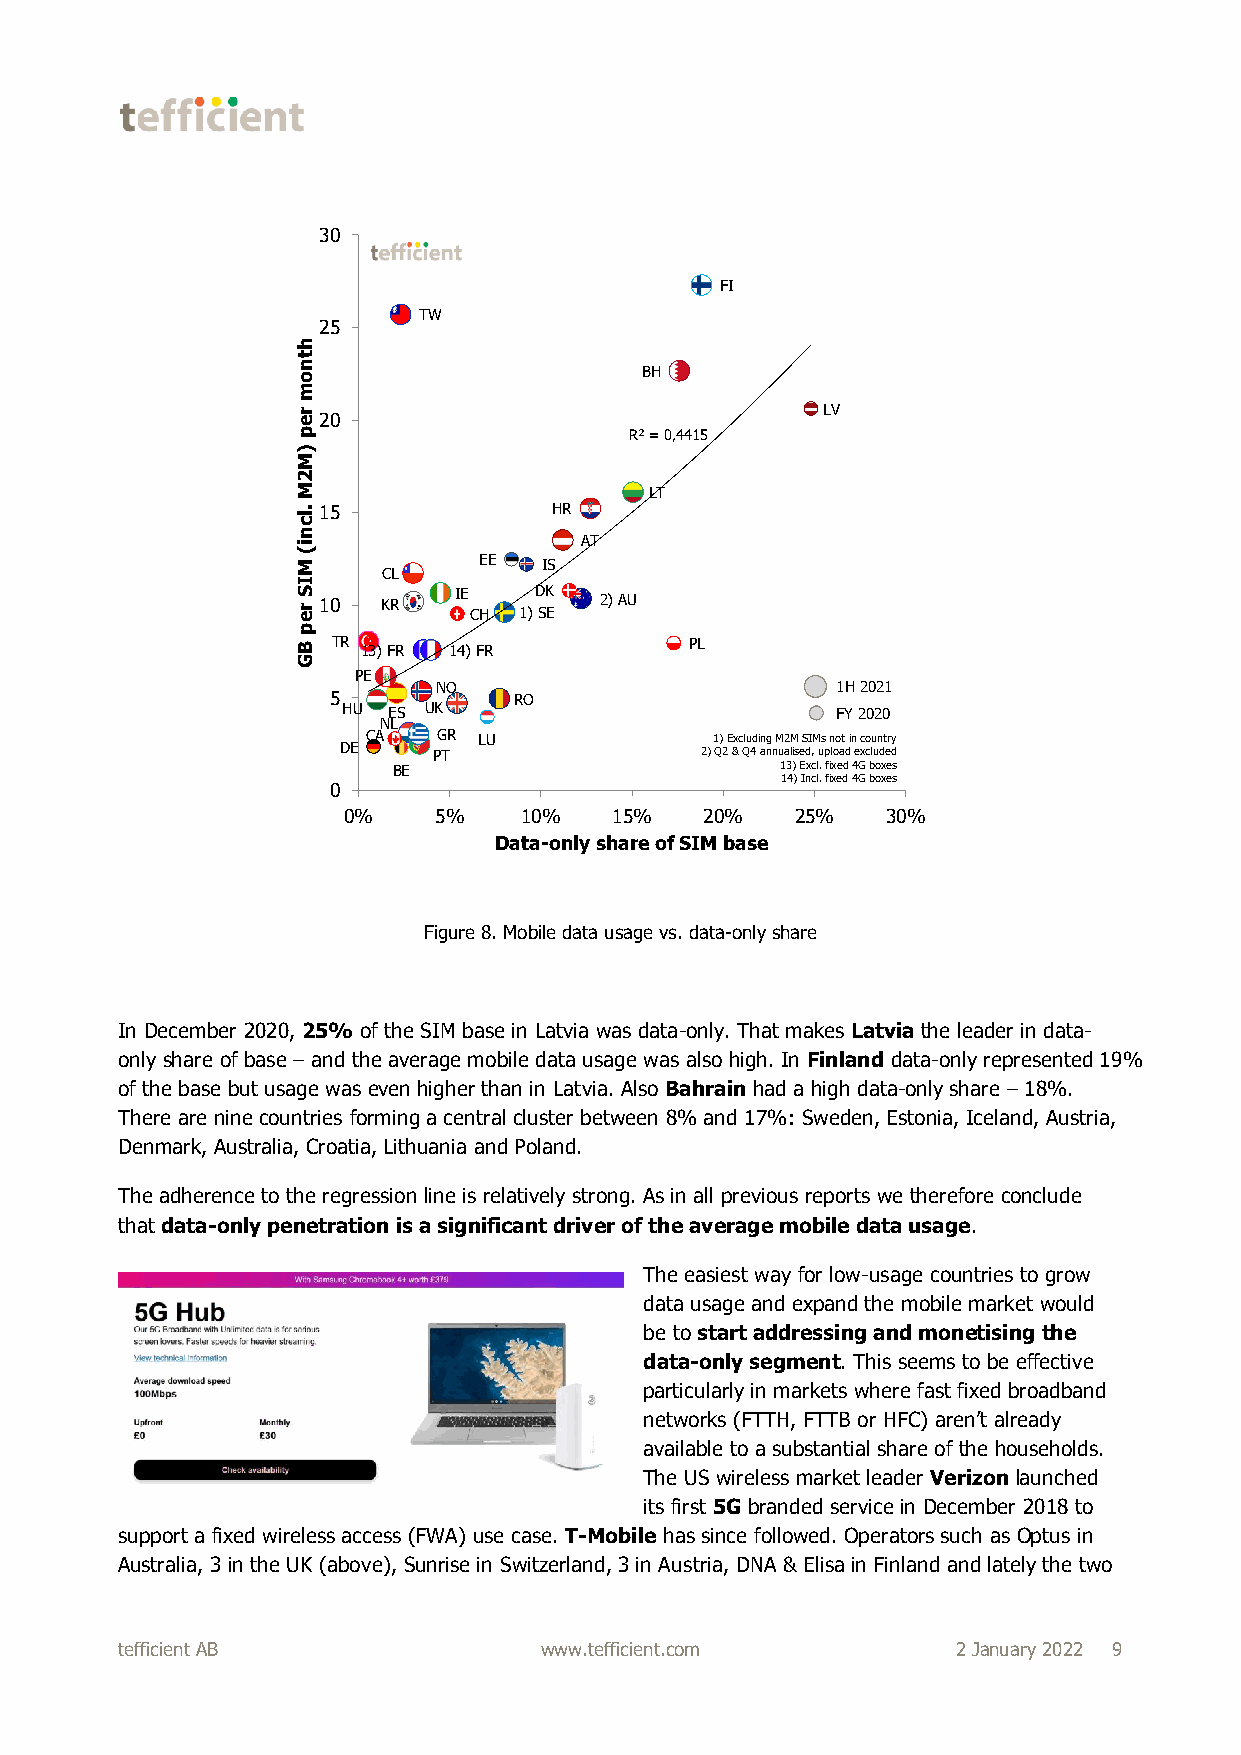
30
 FI
 TW
 25
 h
 t
 n
 o                     BH
 m
 r e20                             LV
 p                     R² = 0,4415
 )
 M
 2
 M                      LT
 .lc15            HR
 n
 i(                AT
 M           EE  IS
 CL
 I
 S r e10 KR IE CH 1) D SK E 2) AU
 p
 B TR 13) FR 14) FR        PL
 G
 PE
 NO                        1H 2021
 5           RO
 HU ES UK                        FY 2020
 NL
 CA   GR LU             1) Excluding M2M SIMs not in country
 DE     PT               2) Q2 & Q4 annualised, upload excluded
 BE                        13) Excl. fixed 4G boxes
 14) Incl. fixed 4G boxes
 0
 0%    5%   10%    15%   20%   25%   30%
 Data-only share of SIM base
 Figure 8. Mobile data usage vs. data-only share
 In December 2020, 25% of the SIM base in Latvia was data-only. That makes Latvia the leader in data-
 only share of base – and the average mobile data usage was also high. In Finland data-only represented 19%
 of the base but usage was even higher than in Latvia. Also Bahrain had a high data-only share – 18%.
 There are nine countries forming a central cluster between 8% and 17%: Sweden, Estonia, Iceland, Austria,
 Denmark, Australia, Croatia, Lithuania and Poland.
 The adherence to the regression line is relatively strong. As in all previous reports we therefore conclude
 that data-only penetration is a significant driver of the average mobile data usage.
 The easiest way for low-usage countries to grow
 data usage and expand the mobile market would
 be to start addressing and monetising the
 data-only segment. This seems to be effective
 particularly in markets where fast fixed broadband
 networks (FTTH, FTTB or HFC) aren’t already
 available to a substantial share of the households.
 The US wireless market leader Verizon launched
 its first 5G branded service in December 2018 to
 support a fixed wireless access (FWA) use case. T-Mobile has since followed. Operators such as Optus in
 Australia, 3 in the UK (above), Sunrise in Switzerland, 3 in Austria, DNA & Elisa in Finland and lately the two
 tefficient AB               www.tefficient.com         2 January 2022 9